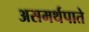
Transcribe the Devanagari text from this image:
असमर्थपाते